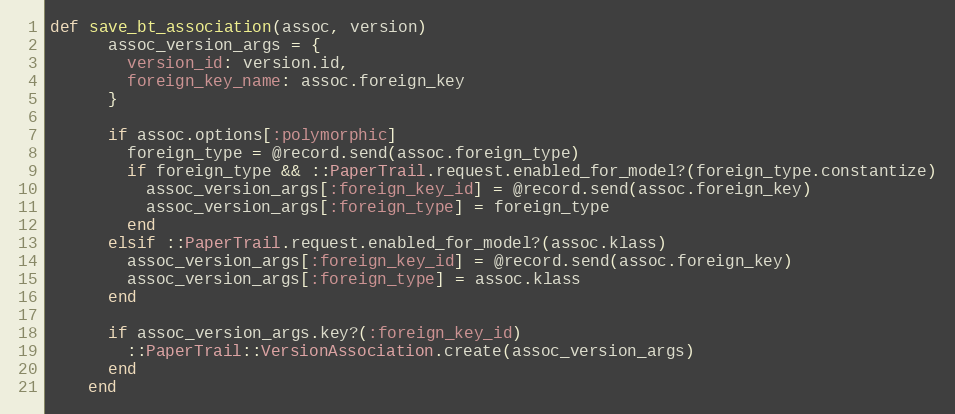
Language: Ruby
def save_bt_association(assoc, version)
      assoc_version_args = {
        version_id: version.id,
        foreign_key_name: assoc.foreign_key
      }

      if assoc.options[:polymorphic]
        foreign_type = @record.send(assoc.foreign_type)
        if foreign_type && ::PaperTrail.request.enabled_for_model?(foreign_type.constantize)
          assoc_version_args[:foreign_key_id] = @record.send(assoc.foreign_key)
          assoc_version_args[:foreign_type] = foreign_type
        end
      elsif ::PaperTrail.request.enabled_for_model?(assoc.klass)
        assoc_version_args[:foreign_key_id] = @record.send(assoc.foreign_key)
        assoc_version_args[:foreign_type] = assoc.klass
      end

      if assoc_version_args.key?(:foreign_key_id)
        ::PaperTrail::VersionAssociation.create(assoc_version_args)
      end
    end